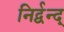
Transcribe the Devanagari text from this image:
निर्द्वन्द्